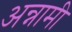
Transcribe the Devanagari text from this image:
अन्नामी